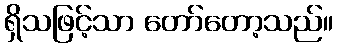
ရှိသဖြင့်သာ တော်တော့သည်။